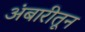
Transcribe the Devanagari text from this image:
अंबारीतून